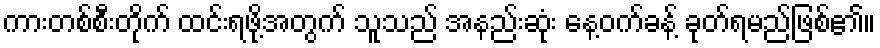
ကားတစ်စီးတိုက် ထင်းရဖို့အတွက် သူသည် အနည်းဆုံး နေ့ဝက်ခန့် ခုတ်ရမည်ဖြစ်၏။